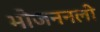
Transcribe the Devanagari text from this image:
भोजननली